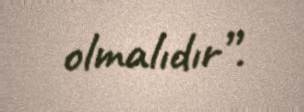
olmalıdır”.